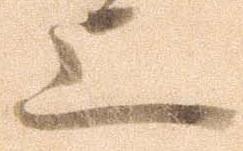
上